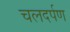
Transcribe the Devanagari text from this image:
चलदर्पण